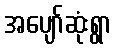
အပျော်ဆုံးရွာ